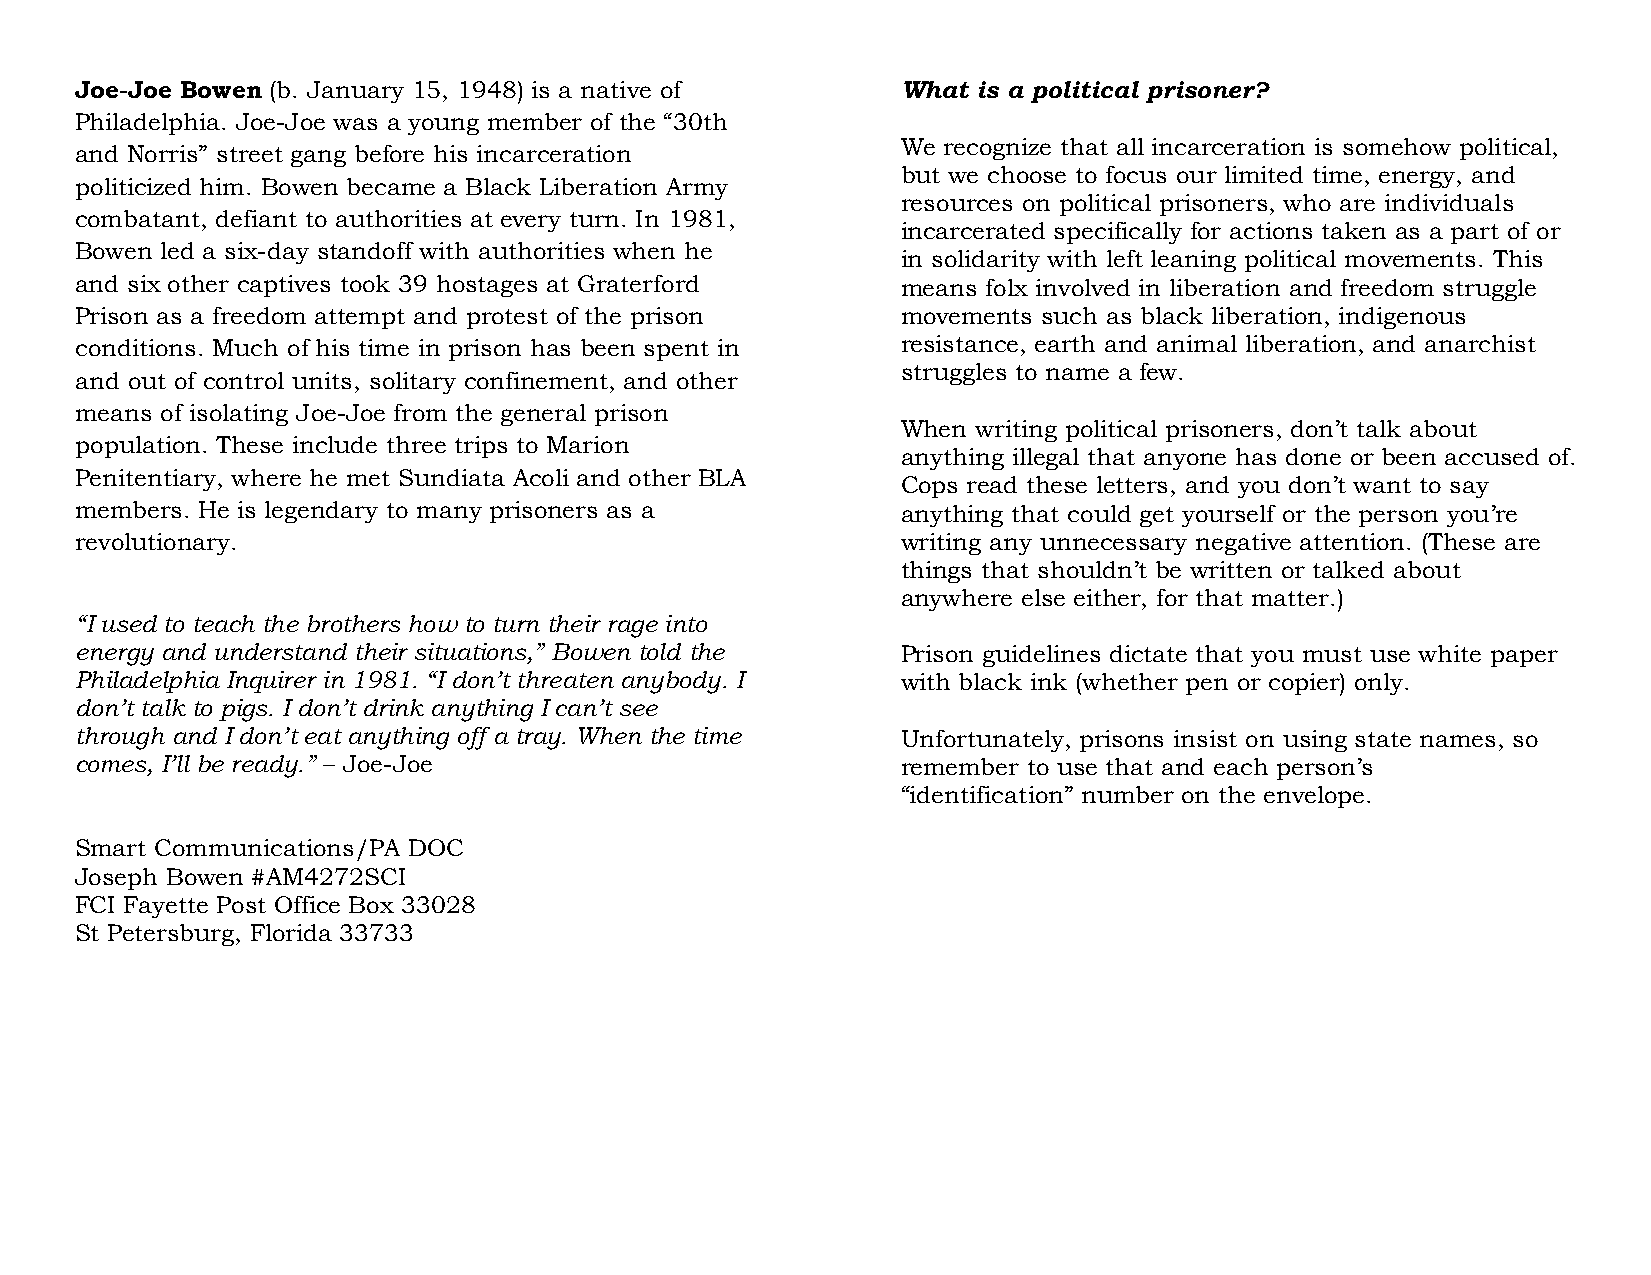
Joe-Joe Bowen (b. January 15, 1948) is a native of     What is a political prisoner?
 Philadelphia. Joe-Joe was a young member of the “30th
 We recognize that all incarceration is somehow political,
 and Norris” street gang before his incarceration
 but we choose to focus our limited time, energy, and
 politicized him. Bowen became a Black Liberation Army
 resources on political prisoners, who are individuals
 combatant, defiant to authorities at every turn. In 1981,
 incarcerated specifically for actions taken as a part of or
 Bowen led a six-day standoff with authorities when he
 in solidarity with left leaning political movements. This
 and six other captives took 39 hostages at Graterford  means folx involved in liberation and freedom struggle
 Prison as a freedom attempt and protest of the prison  movements such as black liberation, indigenous
 conditions. Much of his time in prison has been spent in resistance, earth and animal liberation, and anarchist
 struggles to name a few.
 and out of control units, solitary confinement, and other
 means of isolating Joe-Joe from the general prison
 When writing political prisoners, don’t talk about
 population. These include three trips to Marion
 anything illegal that anyone has done or been accused of.
 Penitentiary, where he met Sundiata Acoli and other BLA
 Cops read these letters, and you don’t want to say
 members. He is legendary to many prisoners as a        anything that could get yourself or the person you’re
 revolutionary.                                         writing any unnecessary negative attention. (These are
 things that shouldn’t be written or talked about
 anywhere else either, for that matter.)
 “I used to teach the brothers how to turn their rage into
 energy and understand their situations,” Bowen told the Prison guidelines dictate that you must use white paper
 Philadelphia Inquirer in 1981. “I don’t threaten anybody. I with black ink (whether pen or copier) only.
 don’t talk to pigs. I don’t drink anything I can’t see
 through and I don’t eat anything off a tray. When the time Unfortunately, prisons insist on using state names, so
 comes, I’ll be ready.” – Joe-Joe                       remember to use that and each person’s
 “identification” number on the envelope.
 Smart Communications/PA DOC
 Joseph Bowen #AM4272SCI
 FCI Fayette Post Office Box 33028
 St Petersburg, Florida 33733